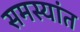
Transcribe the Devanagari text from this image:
समस्यांत